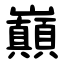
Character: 巔